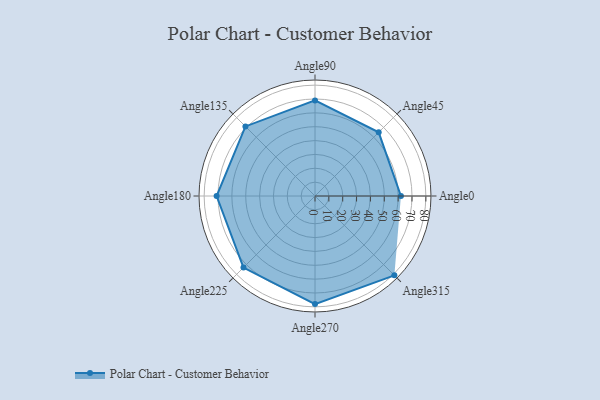
{"axis": {"x": "Angle", "y": "Radius"}, "legend": [""], "data": [{"x": "Angle0", "y": 62.0, "type": ""}, {"x": "Angle45", "y": 65.0, "type": ""}, {"x": "Angle90", "y": 69.0, "type": ""}, {"x": "Angle135", "y": 71.0, "type": ""}, {"x": "Angle180", "y": 71.0, "type": ""}, {"x": "Angle225", "y": 73.0, "type": ""}, {"x": "Angle270", "y": 78.0, "type": ""}, {"x": "Angle315", "y": 81.0, "type": ""}]}